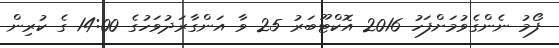
ފޯމު ނެންގެވުމަށްފަހު 2016 އޮކްޓޫބަރު 25 ވާ އަންގާރަދުވަހުގެ 14:00 ގެ ކުރިން